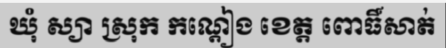
ឃុំ ស្យា ស្រុក កណ្តៀង ខេត្ត ពោធិ៍សាត់